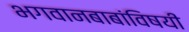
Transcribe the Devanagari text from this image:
भगवानबाबांविषयी